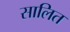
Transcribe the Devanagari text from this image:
सालित